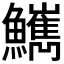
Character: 𩽌